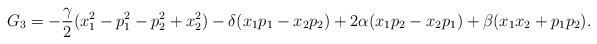
\begin{align*}G_3=-\frac{\gamma}{2}(x_1^2-p_1^2-p_2^2+x_2^2)-\delta (x_1p_1-x_2p_2)+2\alpha (x_1p_2-x_2p_1)+\beta (x_1x_2+p_1p_2).\end{align*}